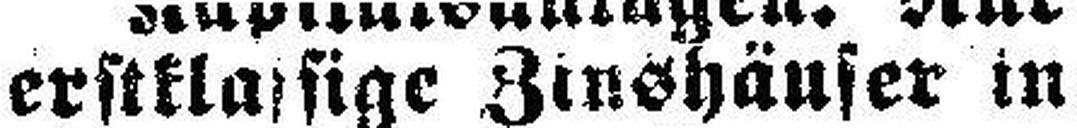
erstklassige Zinshäuser in